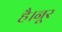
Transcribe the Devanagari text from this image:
है।नूर